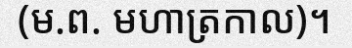
(ម.ព. មហាត្រកាល)។